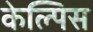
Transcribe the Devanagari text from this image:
केल्पिस